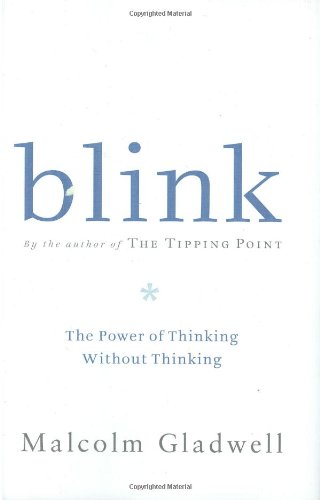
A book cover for Blink: The Power of Thinking Without Thinking; Malcolm Gladwell; Science & Math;